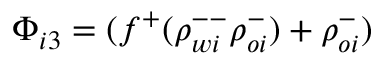
\Phi _ { i 3 } = ( f ^ { + } ( \rho _ { w i } ^ { -- } \rho _ { o i } ^ { - } ) + \rho _ { o i } ^ { - } )